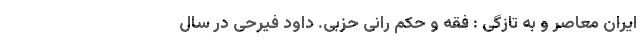
ایران معاصر و به تازگی : فقه و حکم رانی حزبی. داود فِیرَحی در سال